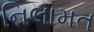
નિલામત